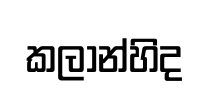
කලාන්හිද